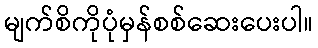
မျက်စိကိုပုံမှန်စစ်ဆေးပေးပါ။